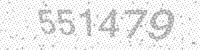
Solution: 551479